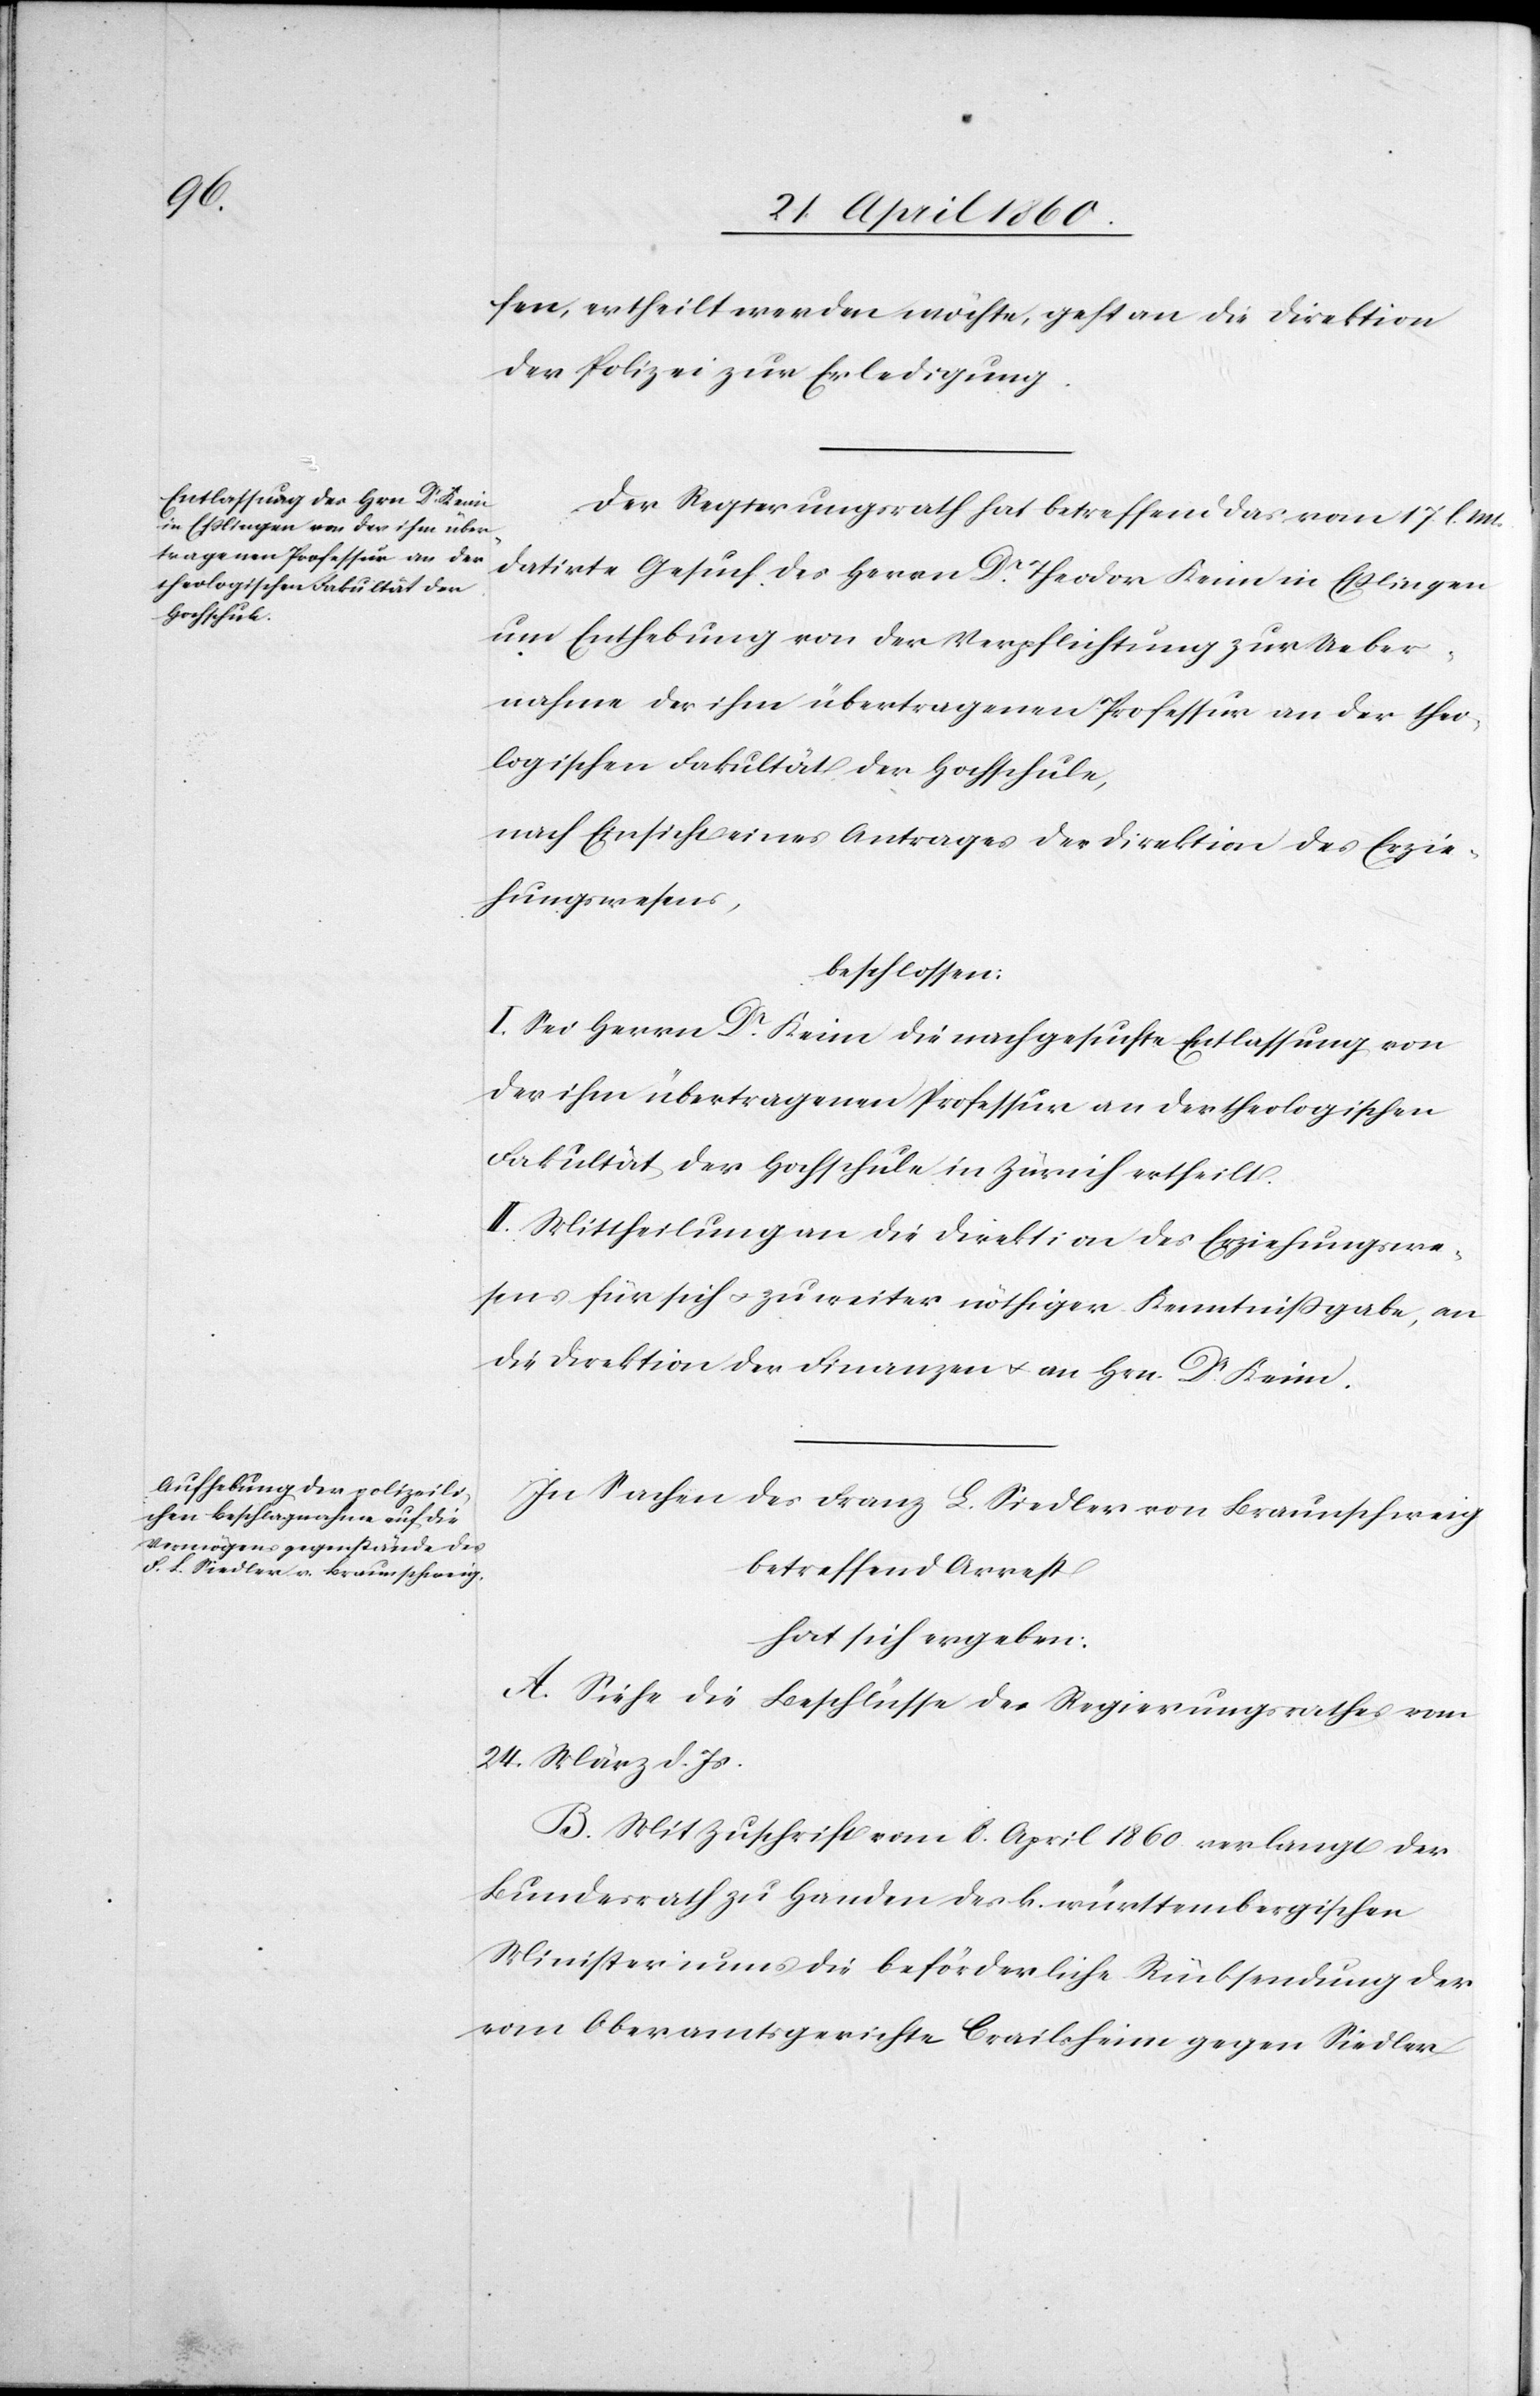
fen, ertheilt werden möchte, geht an die Direktion
der Polizei zur Erledigung.
Der Regierungsrath hat betreffend das vom 17. l.
datirte Gesuch des Herrn Dr Theodor Kein in Esslingen
um Enthebung von der Verpflichtung zur Ueber¬
nahme der ihm übertragenen Professur an der theo¬
logischen Fakultät der Hochschule,
nach Einsicht eines Antrages der Direktion des Erzie¬
hungswesens,
beschlossen:
I. Sei Herrn Dr Kein die nachgesuchte Entlassung von
der ihm übertragenen Professur an der theologischen
Fakultät der Hochschule in Zürich ertheilt.
II. Mittheilung an die Direktion des Erziehungswe¬
sens für sich u. zu weiter nöthiger Kenntnissgabe, an
die Direktion der Finanzen u. an Hrn. Dr Kein.
In Sachen des Franz L. Siedler von Braunschweig
betreffend Arrest
hat sich ergeben:
A. Siehe die Beschlüsse des Regierungsrathes vom
24. März d. Js.
B. Mit Zuschrift vom 8. April 1860 verlangt der
Bundesrath zu Handen des k. württembergischen
Ministeriums die beförderliche Rücksendung der
vom Oberamtsgerichte Crailsheim gegen Siedler